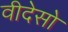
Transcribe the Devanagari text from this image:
वीदेसो